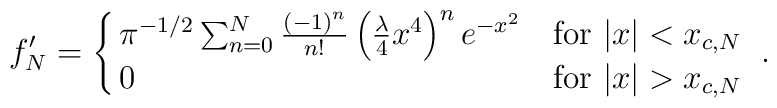
f'_N  = \cases{  \pi^{-1/2}  \sum_{n=0}^{N}  {\left( -1 \right)^n \over n! } \left( {\lambda \over 4} x^4 \right)^n    e^{- x^2   } & for $|x| < x_{c,N} $ \cr0 & for $|x| > x_{c,N}$}.